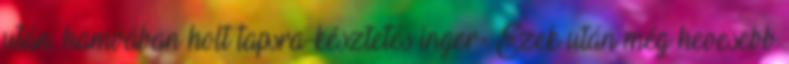
után, hamvában holt tapsra-késztetés inger- Ezek után még hevesebb